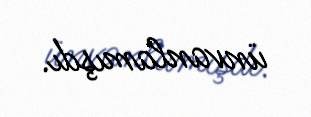
ünvanlamışdı.